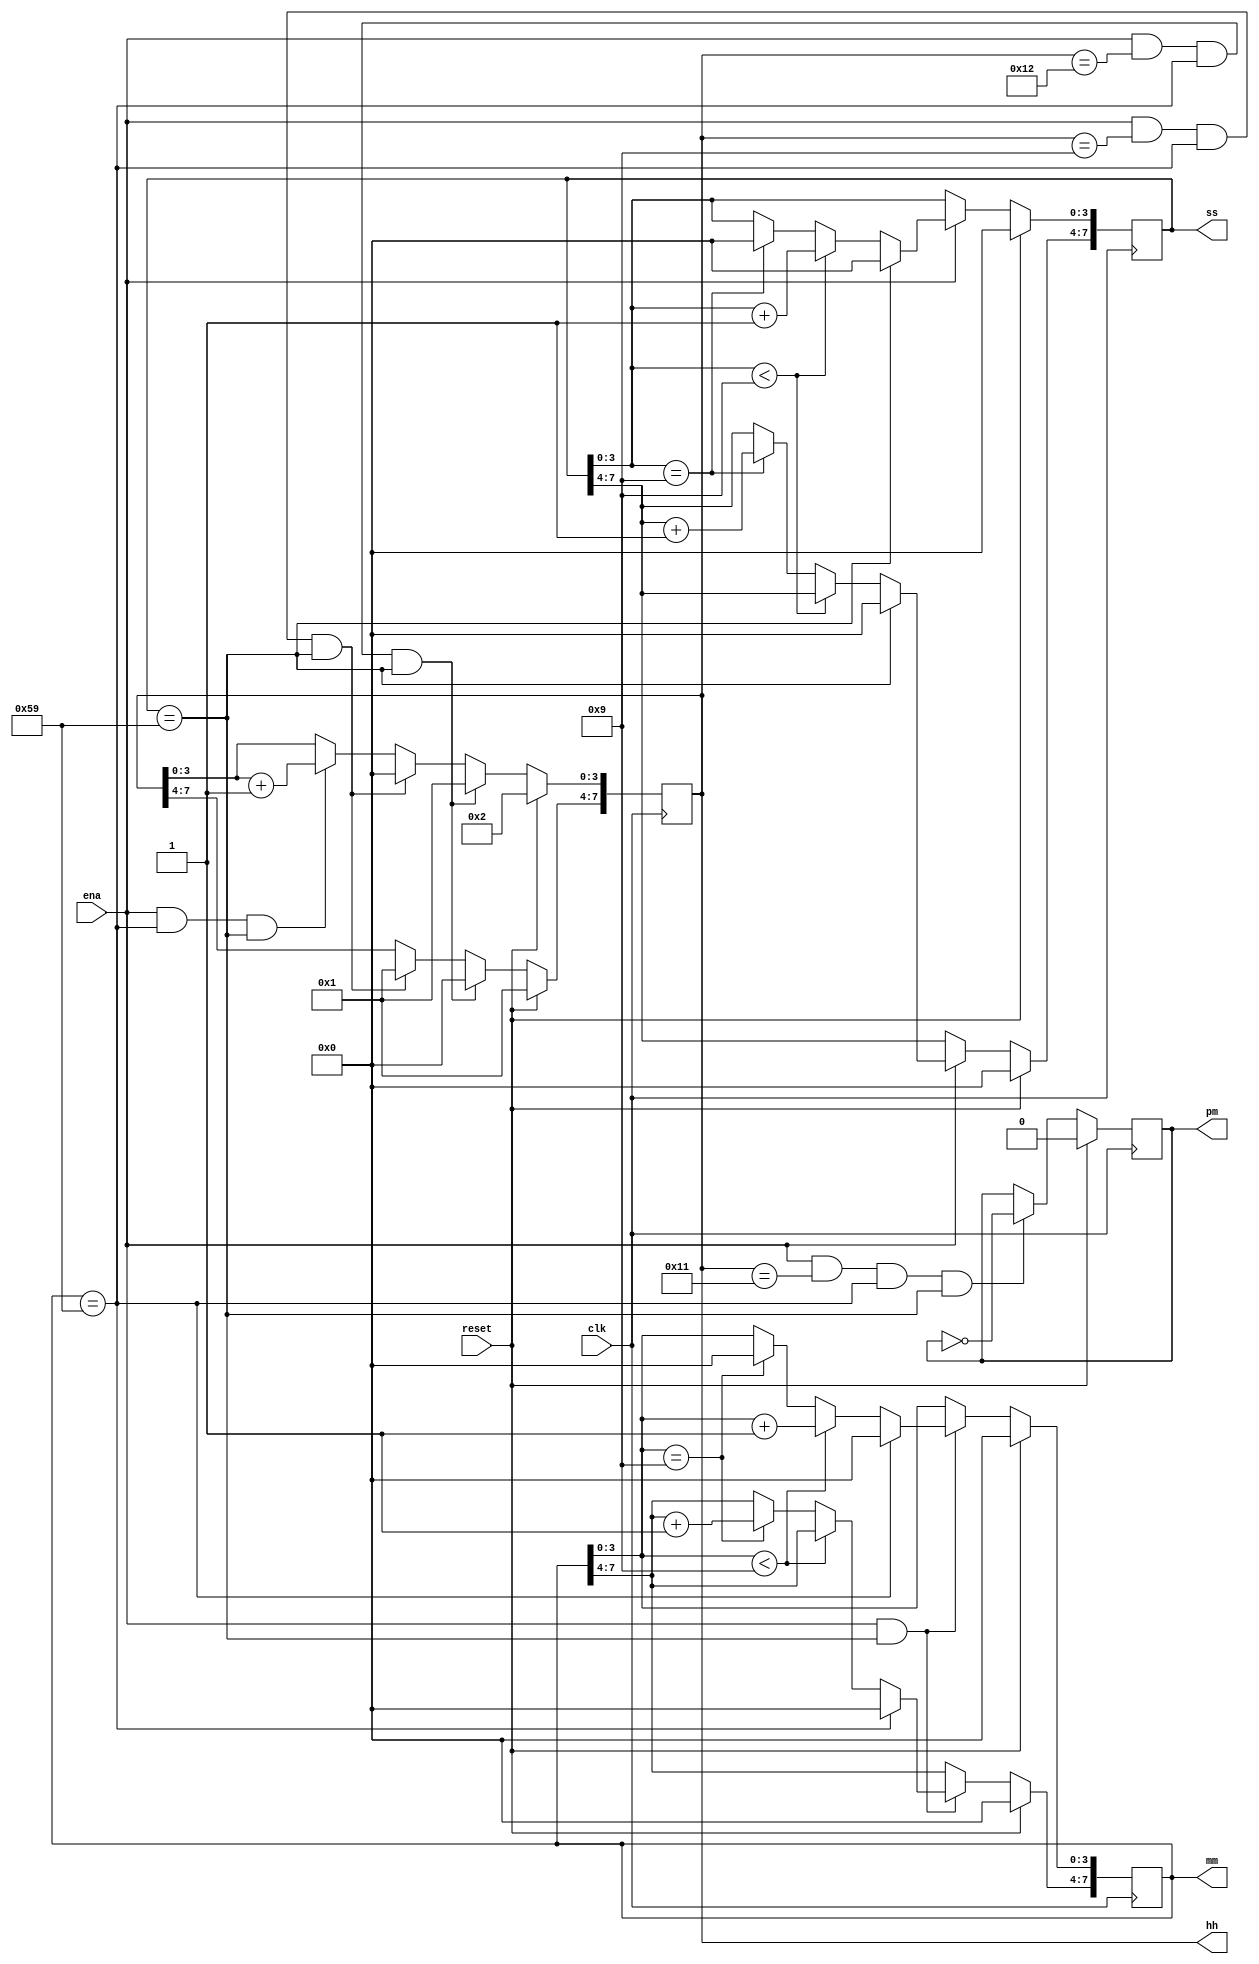
module top_module(
    input clk,
    input reset,
    input ena,
    output pm,
    output [7:0] hh,
    output [7:0] mm,
    output [7:0] ss); 
    
    always@(posedge clk)
    begin
        if(reset) begin
            pm <= 1'b0;
        end
        else begin
            if(ena && (hh == 8'h11) && (mm == 8'h59) && (ss == 8'h59)) begin
                pm <= ~pm;
            end
            else begin
                pm <= pm;
            end
        end
    end
    
    always@(posedge clk)
    begin
        if(reset) begin
            hh <= 8'h12;
        end
        else begin
            if(ena && (hh == 8'h12) && (mm == 8'h59) && (ss == 8'h59)) begin
                hh <= 8'h1;
            end
            else if(ena && (hh == 8'h9) && (mm == 8'h59) && (ss == 8'h59)) begin
                hh <= 8'h10;
            end
            else if(ena && (mm == 8'h59) && (ss == 8'h59)) begin
                hh[3 : 0] <= hh[3 : 0] + 1'b1;
            end
            else begin
                hh <= hh;
            end
        end
    end
    
    always@(posedge clk)
    begin
        if(reset) begin
            mm <= 8'h00;
        end
        else if(ena && (ss == 8'h59)) begin
            if(mm ==8'h59) begin
                mm <= 8'h00;
            end
            else if(mm[3 : 0] < 4'h9) begin
                mm[3 : 0] <= mm[3 : 0] + 1'b1;
            end
            else if(mm[3 : 0] == 4'h9) begin
                mm[3 : 0] <= 4'h0;
                mm[7 : 4] <= mm[7 : 4] + 1'b1;
            end
            else begin
                mm <= mm;
            end
        end
        else begin
            mm <= mm;
        end
    end
    
    always@(posedge clk)
    begin
        if(reset) begin
            ss <= 8'h00;
        end
        else if(ena) begin
            if(ss ==8'h59) begin
                ss <= 8'h00;
            end
            else if(ss[3 : 0] < 4'h9) begin
                ss[3 : 0] <= ss[3 : 0] + 1'b1;
            end
            else if(ss[3 : 0] == 4'h9) begin
                ss[3 : 0] <= 4'h0;
                ss[7 : 4] <= ss[7 : 4] + 1'b1;
            end
            else begin
                ss <= ss;
            end
        end
        else begin
            ss <= ss;
        end
    end

endmodule